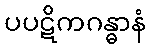
ပပဋိကဂန္ဓာနံ